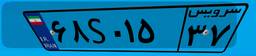
۱۲S۷۰۸۸۴